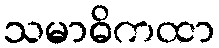
သမာဓိကထာ